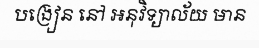
បង្រៀន នៅ អនុវិទ្យាល័យ មាន